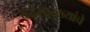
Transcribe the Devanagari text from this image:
केंद्रेंसारख्यांचे